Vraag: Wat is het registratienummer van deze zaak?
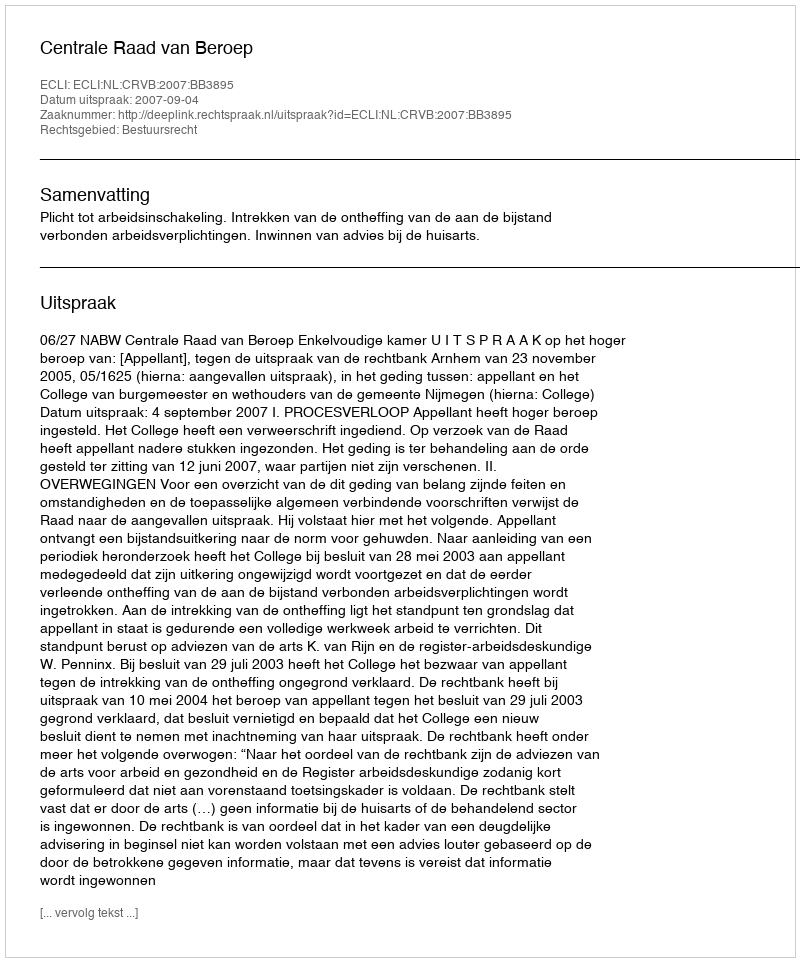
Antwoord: http://deeplink.rechtspraak.nl/uitspraak?id=ECLI:NL:CRVB:2007:BB3895